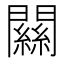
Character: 𨶹